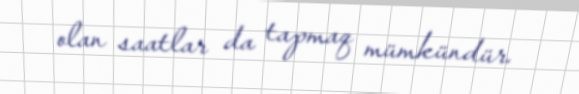
olan saatlar da tapmaq mümkündür.